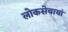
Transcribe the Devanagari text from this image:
लोकसेवायां